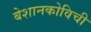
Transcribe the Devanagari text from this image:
बेशानकोविची